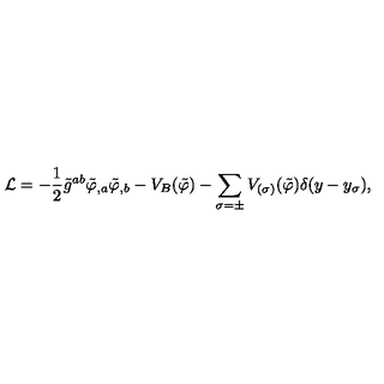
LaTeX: { \cal L } = - \frac { 1 } { 2 } \tilde { g } ^ { a b } \tilde { \varphi } _ { , a } \tilde { \varphi } _ { , b } - V _ { B } ( \tilde { \varphi } ) - \sum _ { \sigma = \pm } V _ { ( \sigma ) } ( \tilde { \varphi } ) \delta ( y - y _ { \sigma } ) ,